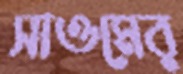
সাওমের